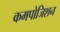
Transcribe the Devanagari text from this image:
कमपोजिशन